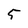
Character: 5